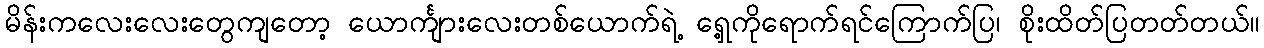
မိန်းကလေးလေးတွေကျတော့ ယောင်္ကျားလေးတစ်ယောက်ရဲ့ ရှေ့ကိုရောက်ရင်ကြောက်ပြ၊ စိုးထိတ်ပြတတ်တယ်။